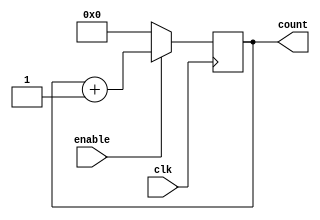
module RingCounter (
  input wire clk,
  input wire enable,
  output reg [3:0] count
);

always @(posedge clk) begin
  if (enable) begin
    count <= count + 1;
  end else begin
    count <= 4'b0000; // Reset to specific state when disabled
  end
end

endmodule